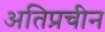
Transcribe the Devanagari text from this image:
अतिप्रचीन